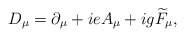
\begin{align*}D_{\mu }=\partial _{\mu }+ieA_{\mu }+ig\widetilde{F}_{\mu } ,\end{align*}